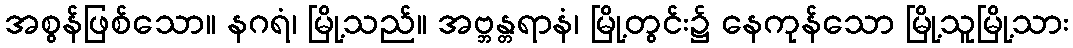
အစွန်ဖြစ်သော။ နဂရံ၊ မြို့သည်။ အဗ္ဘန္တရာနံ၊ မြို့တွင်း၌ နေကုန်သော မြို့သူမြို့သား